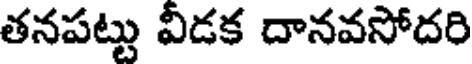
తనపట్టు వీడక దానవసోదరి